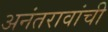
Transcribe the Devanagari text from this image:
अनंतरावांची